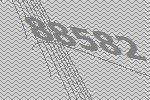
88582